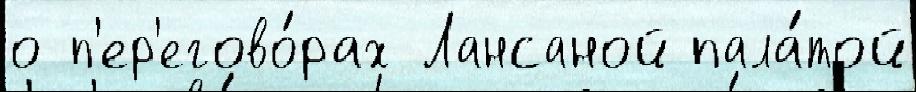
о п'ер'егово́рах Лансаной пала́той